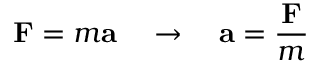
\mathbf { F } = m \mathbf { a } \quad \to \quad \mathbf { a } = { \frac { \mathbf { F } } { m } }